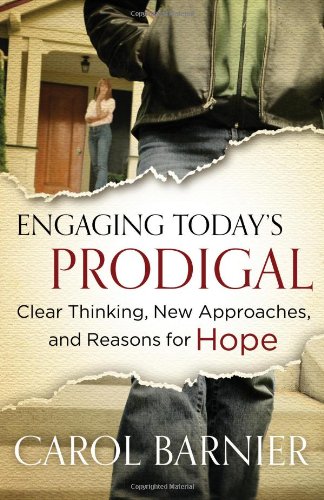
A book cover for Engaging Today's Prodigal: Clear Thinking, New Approaches, and Reasons for Hope; Carol Barnier; Christian Books & Bibles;